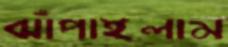
ঝাঁপাইলাম